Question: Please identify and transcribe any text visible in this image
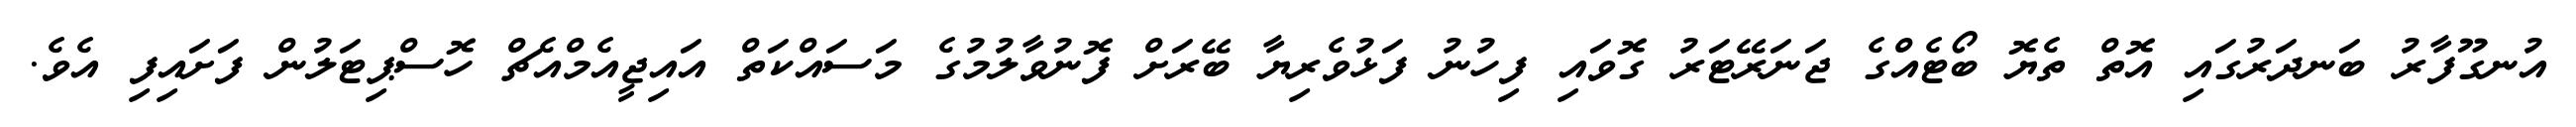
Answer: އުނގޫފާރު ބަނދަރުގައި އޮތް ތެޔޮ ބޯޓެއްގެ ޖަނަރޭޓަރު ގޮވައި ފިހުނު ފަޅުވެރިޔާ ބޭރަށް ފޮނުވާލުމުގެ މަސައްކަތް އައިޖީއެމްއެޗް ހޮސްޕިޓަލުން ފަށައިފި އެވެ.